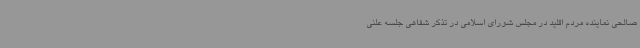
صالحی نماینده مردم اقلید در مجلس شورای اسلامی در تذکر شفاهی جلسه علنی